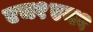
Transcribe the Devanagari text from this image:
एच१एन१